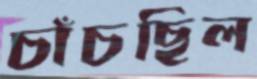
চাঁচছিল